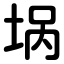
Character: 埚